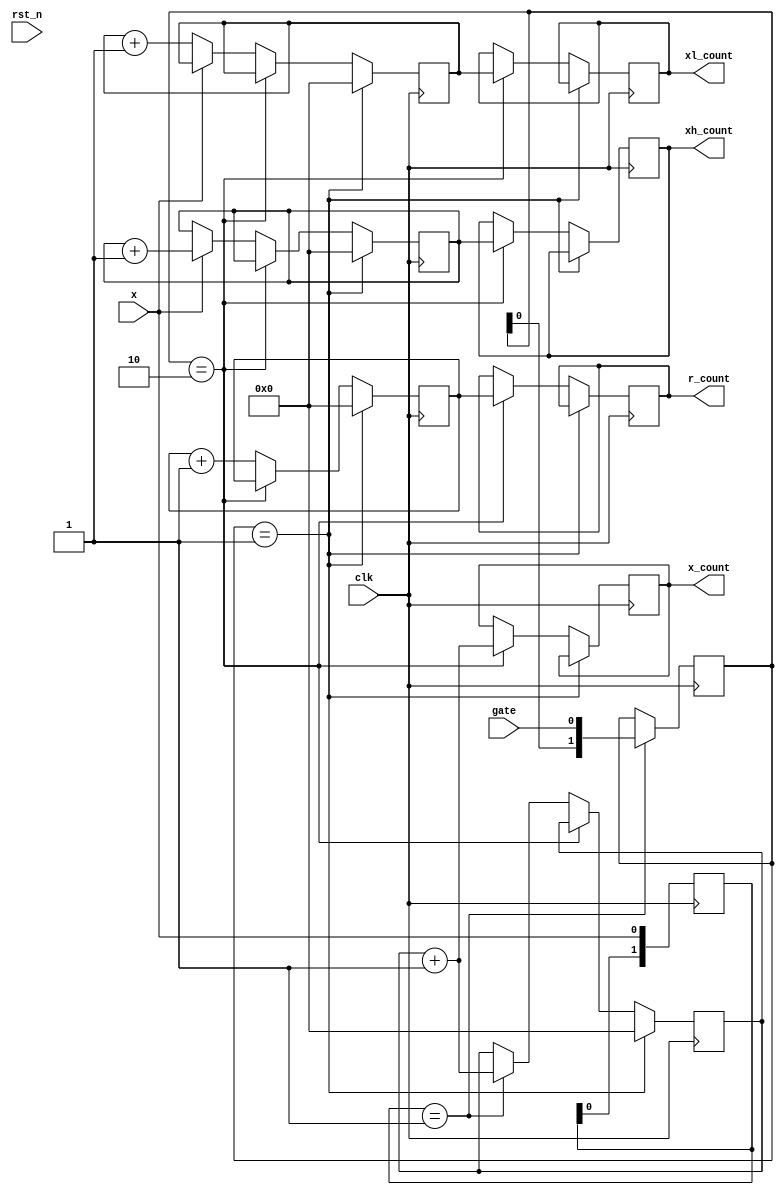
//refer to loywong
//x : freq, period, duty(h&l cnt)
module Freq_metr(
	input clk, rst_n,
	input x,
	input gate,
	output reg [31:0] x_count, r_count, xh_count, xl_count//200M 28bit->268M

);
	reg [1:0] x_delay, y_delay;
	always@(posedge clk) begin
		x_delay <= {x_delay[0], x};
	end
	wire x_rise = (x_delay == 2'b01);
	wire x_fall = {x_delay == 2'b10};

	reg [1:0] g_sync;
	always@(posedge clk)begin
		if(x_rise)
		g_sync <= {g_sync[0], gate};
	end
	wire g_rise = (g_sync == 2'b01);
	wire g_fall = (g_sync == 2'b10);

	reg [31:0] x_cnt;
	initial begin x_count = 'b0; x_cnt = 'b0;end
	always@(posedge clk) begin
		if(g_rise)	x_cnt <= 28'b0;
		else if(g_fall)	x_count <= x_cnt + 1'b1;
		else if(x_rise) x_cnt <= x_cnt + 1'b1;
		else		x_cnt <= x_cnt;
	end
	
	reg [31:0] r_cnt;
	initial begin r_count = 'b0; r_cnt = 'b0; end
	always@(posedge clk) begin
		if(g_rise)	r_cnt <= 28'b0;
		else if(g_fall)	r_count <= r_cnt;
		else 	 	r_cnt <= r_cnt + 1'b1;
	end

	reg [31:0] xh_cnt;
	initial begin xh_count = 'b0; xh_cnt = 'b0; end
	always@(posedge clk) begin
		if(g_rise)	xh_cnt <= 28'b0;
		else if(g_fall)	xh_count <= xh_cnt;
		else if(x) 	xh_cnt <= xh_cnt + 1'b1;
		else 		xh_cnt <= xh_cnt;
	end

	reg [31:0] xl_cnt;
	initial begin xl_count = 'b0; xl_cnt = 'b0; end
	always@(posedge clk) begin
		if(g_rise)	xl_cnt <= 28'b0;
		else if(g_fall)	xl_count <= xl_cnt;
		else if(!x) 	xl_cnt <= xl_cnt + 1'b1;
		else 		xl_cnt <= xl_cnt;
	end




endmodule